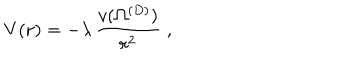
LaTeX: V ( { \bf r } ) = - \lambda \, \frac { v ( \Omega ^ { ( { D } ) } ) } { r ^ { 2 } } \; ,